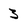
Character: 3